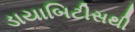
ડાયાબિટીસથી